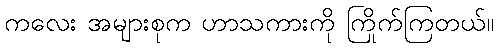
ကလေး အများစုက ဟာသကားကို ကြိုက်ကြတယ်။